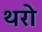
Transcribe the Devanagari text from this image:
थरो